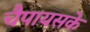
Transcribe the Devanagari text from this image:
चैपायसके